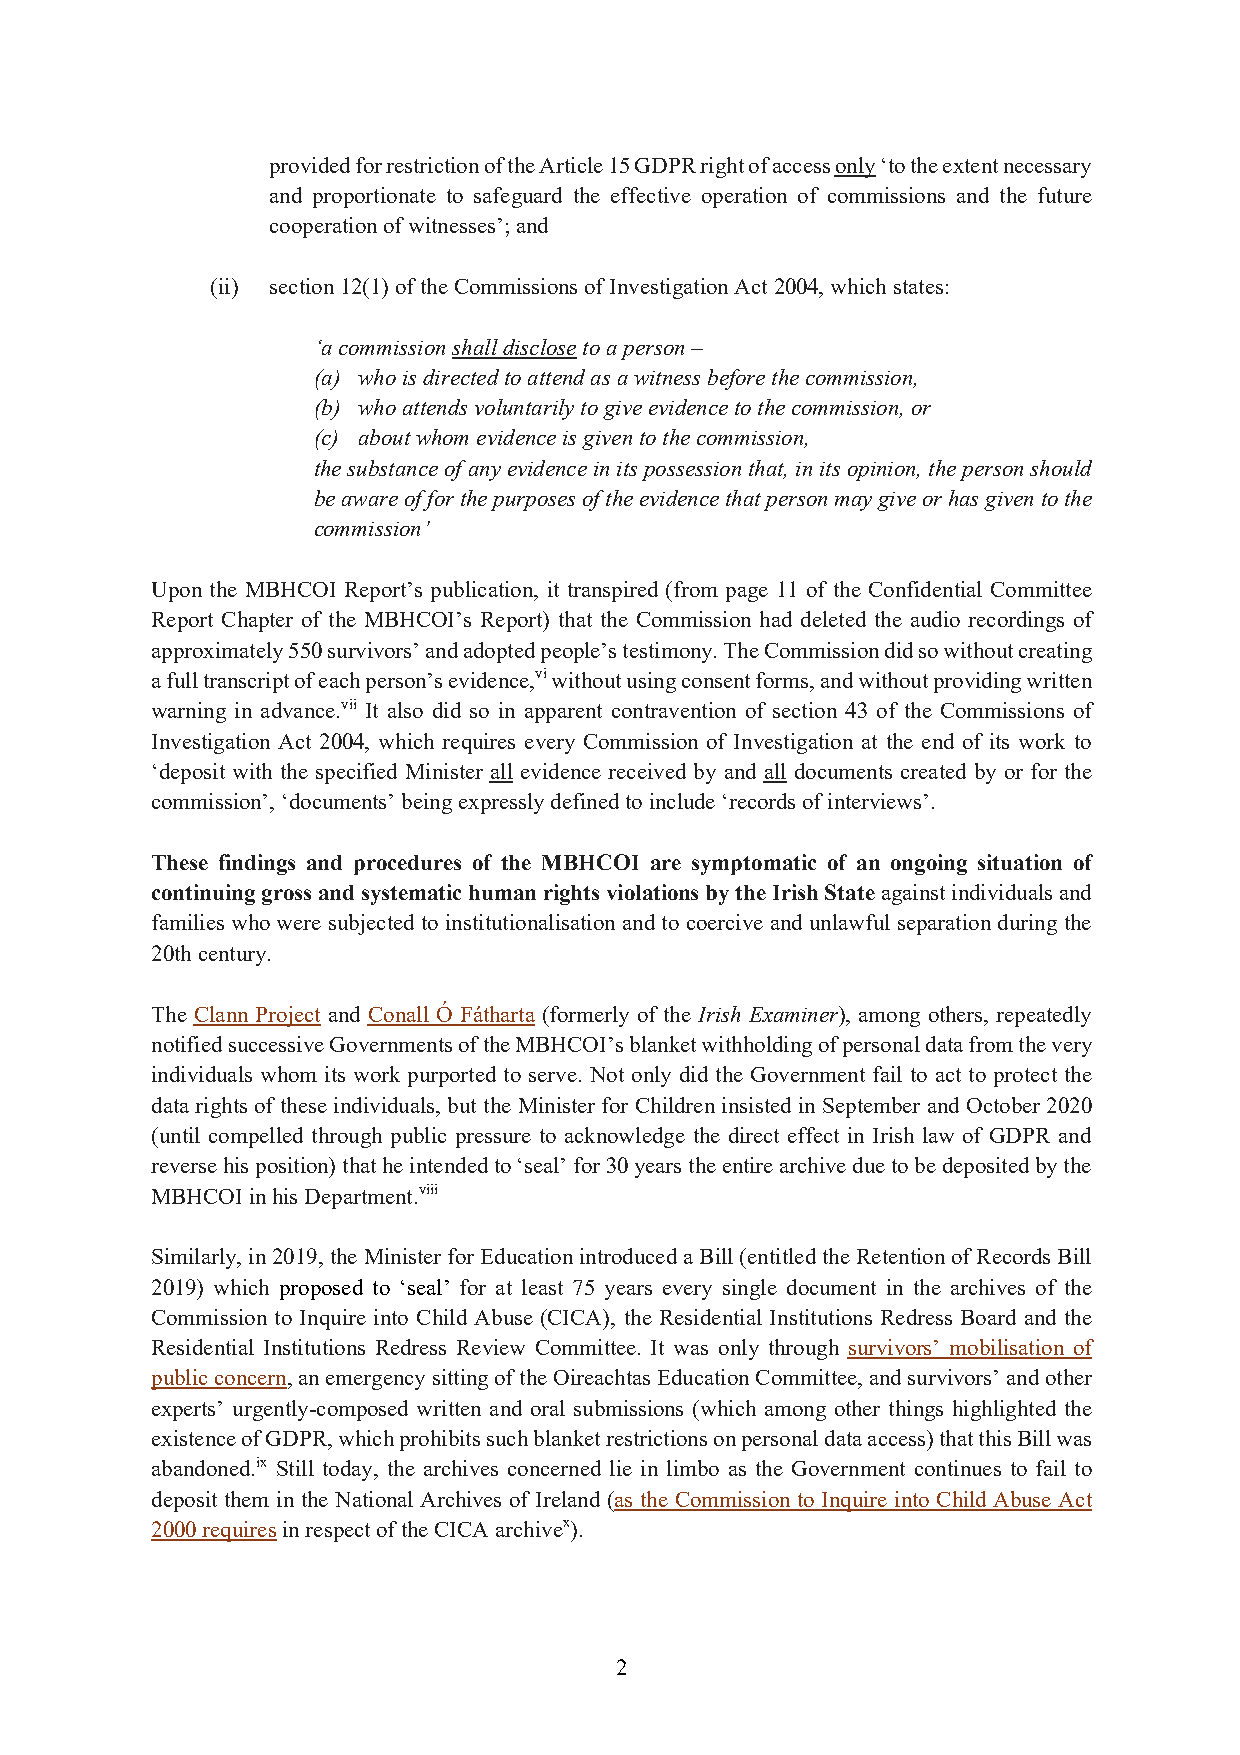
provided for restriction of the Article 15 GDPR right of access only ‘to the extent necessary
 and proportionate to safeguard the effective operation of commissions and the future
 cooperation of witnesses’; and
 (ii) section 12(1) of the Commissions of Investigation Act 2004, which states:
 ‘a commission shall disclose to a person –
 (a) who is directed to attend as a witness before the commission,
 (b) who attends voluntarily to give evidence to the commission, or
 (c) about whom evidence is given to the commission,
 the substance of any evidence in its possession that, in its opinion, the person should
 be aware of for the purposes of the evidence that person may give or has given to the
 commission’
 Upon the MBHCOI Report’s publication, it transpired (from page 11 of the Confidential Committee
 Report Chapter of the MBHCOI’s Report) that the Commission had deleted the audio recordings of
 approximately 550 survivors’ and adopted people’s testimony. The Commission did so without creating
 a full transcript of each person’s evidence,vi without using consent forms, and without providing written
 warning in advance.vii It also did so in apparent contravention of section 43 of the Commissions of
 Investigation Act 2004, which requires every Commission of Investigation at the end of its work to
 ‘deposit with the specified Minister all evidence received by and all documents created by or for the
 commission’, ‘documents’ being expressly defined to include ‘records of interviews’.
 These findings and procedures of the MBHCOI are symptomatic of an ongoing situation of
 continuing gross and systematic human rights violations by the Irish State against individuals and
 families who were subjected to institutionalisation and to coercive and unlawful separation during the
 20th century.
 The Clann Project and Conall Ó Fátharta (formerly of the Irish Examiner), among others, repeatedly
 notified successive Governments of the MBHCOI’s blanket withholding of personal data from the very
 individuals whom its work purported to serve. Not only did the Government fail to act to protect the
 data rights of these individuals, but the Minister for Children insisted in September and October 2020
 (until compelled through public pressure to acknowledge the direct effect in Irish law of GDPR and
 reverse his position) that he intended to ‘seal’ for 30 years the entire archive due to be deposited by the
 MBHCOI in his Department.viii
 Similarly, in 2019, the Minister for Education introduced a Bill (entitled the Retention of Records Bill
 2019) which proposed to ‘seal’ for at least 75 years every single document in the archives of the
 Commission to Inquire into Child Abuse (CICA), the Residential Institutions Redress Board and the
 Residential Institutions Redress Review Committee. It was only through survivors’ mobilisation of
 public concern, an emergency sitting of the Oireachtas Education Committee, and survivors’ and other
 experts’ urgently-composed written and oral submissions (which among other things highlighted the
 existence of GDPR, which prohibits such blanket restrictions on personal data access) that this Bill was
 abandoned.ix Still today, the archives concerned lie in limbo as the Government continues to fail to
 deposit them in the National Archives of Ireland (as the Commission to Inquire into Child Abuse Act
 2000 requires in respect of the CICA archivex).
 2